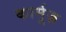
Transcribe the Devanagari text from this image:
कार्मूज़